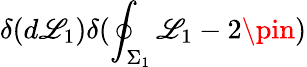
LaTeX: \delta(d\mathscr{L}_{1})\delta(\oint_{\Sigma_{1}}\mathscr{L}_{1}-2\pin)